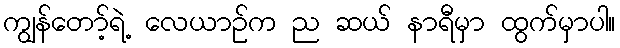
ကျွန်တော့်ရဲ့ လေယာဉ်က ည ဆယ် နာရီမှာ ထွက်မှာပါ။